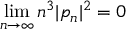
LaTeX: \operatorname * { l i m } _ { n \rightarrow \infty } n ^ { 3 } | p _ { n } | ^ { 2 } = 0